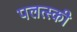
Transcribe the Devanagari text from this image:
पलत्स्की